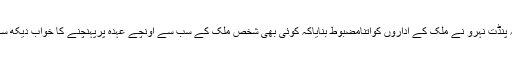
کیونکہ پنڈت نہرو نے ملک کے اداروں کواتنامضبوط بنایاکہ کوئی بھی شخص ملک کے سب سے اونچے عہدہ پرپہنچنے کا خواب دیکھ سکتاہے۔